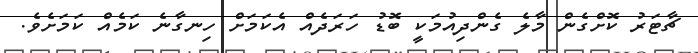
ޗާޓަރު ކޮށްގެން މާލެ ގެންދިއުމަކީ ބޮޑު ހަރަދެއް އެކަމަށް ހިނގާނެ ކަމެއް ކަމަށެވެ.